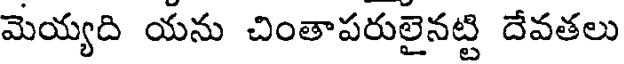
మెయ్యది యను చింతాపరులైనట్టి దేవతలు